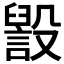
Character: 𣫏